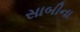
સાબીના